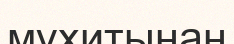
мүхитынан